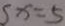
s x = 5